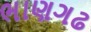
ભાણગઢ